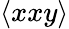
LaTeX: \langle xxy\rangle